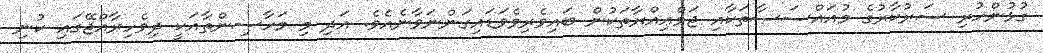
ގުޅުންހުރި ސަރުކާރުގެ މުއައްސަސާތަކާއި ޖަމްޢިއްޔާތަކުން ބައިވެރިވެވަޑައިގަންނަވާނެއެވެ. އަދި މި މަހާސިންތާއަކީ ދިވެހިރާއްޖޭގައި ކުނި